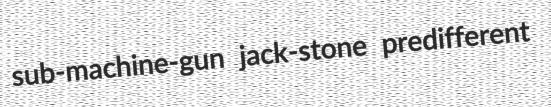
sub-machine-gun jack-stone predifferent